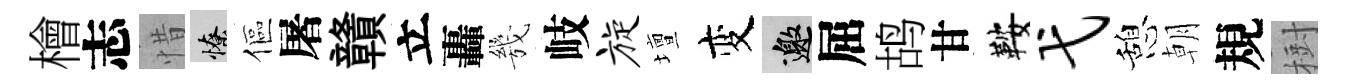
檜志惜憭傴屠贛立轟㡬岐旋壇变邀屈鸪甘鞍弋憩朝規𣗳